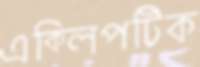
এক্লিপটিক